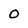
Character: O